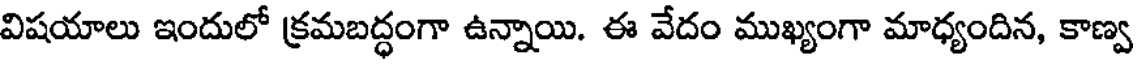
విషయాలు ఇందులో క్రమబద్ధంగా ఉన్నాయి. ఈ వేదం ముఖ్యంగా మాధ్యందిన, కాణ్వ